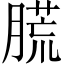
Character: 䐠